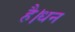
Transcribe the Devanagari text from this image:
है।धन